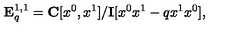
{ \bf E } _ { q } ^ { 1 , 1 } = { \bf C } [ x ^ { 0 } , x ^ { 1 } ] / { \bf I } [ x ^ { 0 } x ^ { 1 } - q x ^ { 1 } x ^ { 0 } ] ,